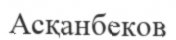
Асқанбеков